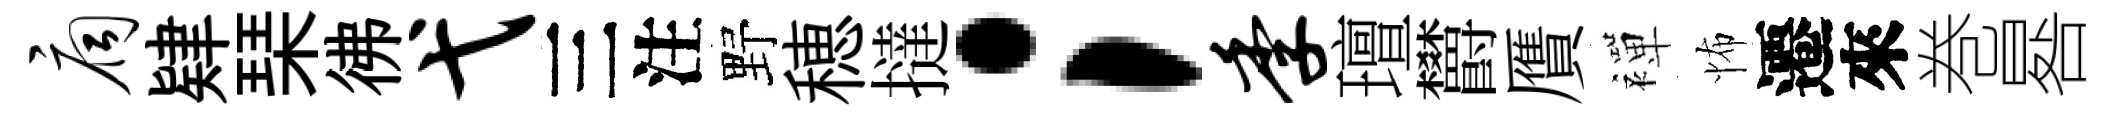
扃肄琹彿弋三注野穂撻；季璮欝贋襌怖遷來巻晷